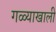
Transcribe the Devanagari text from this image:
गळ्याखाली